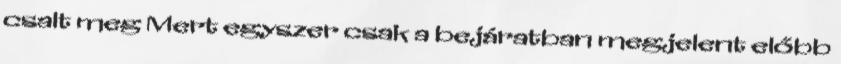
csalt meg Mert egyszer csak a be­já­ratban megjelent előbb